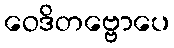
ဝေဒိတဗ္ဗောပေ